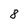
Character: 8